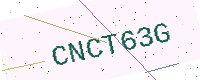
Text: CNCT63G